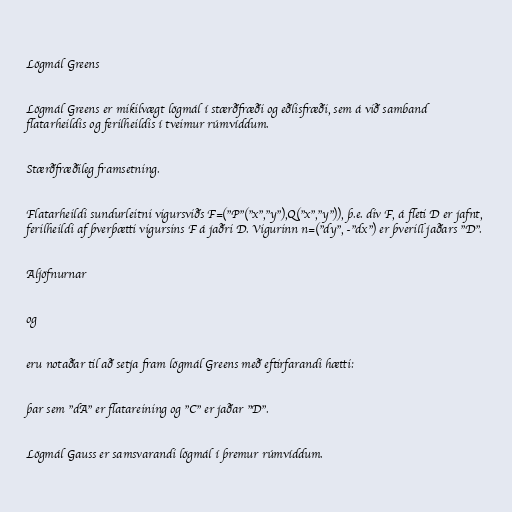
Lögmál Greens

Lögmál Greens er mikilvægt lögmál í stærðfræði og eðlisfræði, sem á við samband
flatarheildis og ferilheildis í tveimur rúmvíddum.

Stærðfræðileg framsetning.

Flatarheildi sundurleitni vigursviðs F=("P"("x","y"),Q("x","y")), þ.e. div F, á fleti D er jafnt,
ferilheildi af þverþætti vigursins F á jaðri D. Vigurinn n=("dy", -"dx") er þverill jaðars "D".

Aljöfnurnar

og

eru notaðar til að setja fram lögmál Greens með eftirfarandi hætti:

þar sem "dA" er flatareining og "C" er jaðar "D".

Lögmál Gauss er samsvarandi lögmál í þremur rúmvíddum.